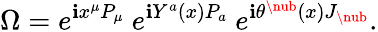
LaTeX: \Omega=e^{\mathbf{i}x^{\mu}P_{\mu}}\ e^{\mathbf{i}Y^{a}(x)P_{a}}\ e^{\mathbf{i}\theta^{\nub}(x)J_{\nub}}.